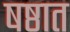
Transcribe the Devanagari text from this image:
षष्ठात